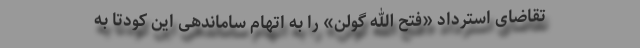
تقاضای استرداد «فتح الله گولن» را به اتهام ساماندهی این کودتا به